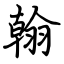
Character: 翰